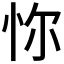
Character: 𢘝